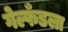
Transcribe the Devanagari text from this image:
गेल्फँडला